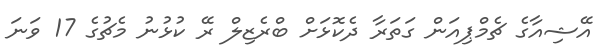
އޭޝިއާގެ ޗެމްޕިއަން ގަތަރާ ދެކޮޅަށް ބްރެޒިލް ރޭ ކުޅުނު މެޗުގެ 17 ވަނަ